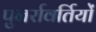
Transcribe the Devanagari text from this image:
पुनर्रावर्तियों